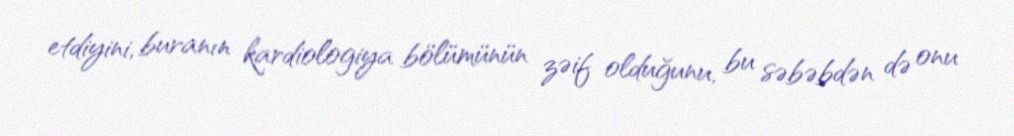
etdiyini, buranın kardiologiya bölümünün zəif olduğunu, bu səbəbdən də onu